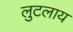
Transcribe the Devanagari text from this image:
लुटलाय